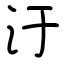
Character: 汙